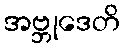
အဗ္ဘုဒေတိ